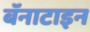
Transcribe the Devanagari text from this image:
बॅनाटाइन